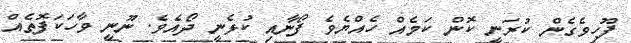
ފޫހިވެގެން ކުރަނީ ކޮން ކަމެއް ހެއްޔެވެ ފޯނާއި ކުޅެނީ ދޯއެެވެ. ނޫނީ ވާހަކަފޮތެއް